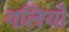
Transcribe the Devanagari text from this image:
गलियो